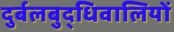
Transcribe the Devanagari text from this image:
दुर्बलबुद्धिवालियों